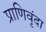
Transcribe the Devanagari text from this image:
प्राणिवृंदा